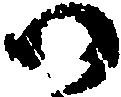
か